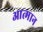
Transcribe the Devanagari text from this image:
आत्मान